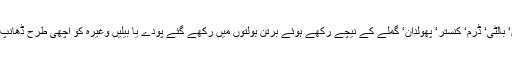
بیان میں کہا گیا ہے کہ گھر وہ تمام برتن جن میں صاف پانی رکھا گیا ہے بشمول پانی کی ٹنکیاں‘ بالٹی‘ ڈرم‘ کنستر‘ پھولدان‘ گملے کے نیچے رکھے ہوئے برتن بولتوں میں رکھے گئے پودے یا بیلیں وغیرہ کو اچھی طرح ڈھانپ کر رکھیں تاکہ مچھر اندر داخل نہ ہوسکے جبکہ کھڑکیوں اور دروازوں پر جالیاں لگوائی جائیں۔